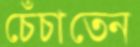
চেঁচাতেন